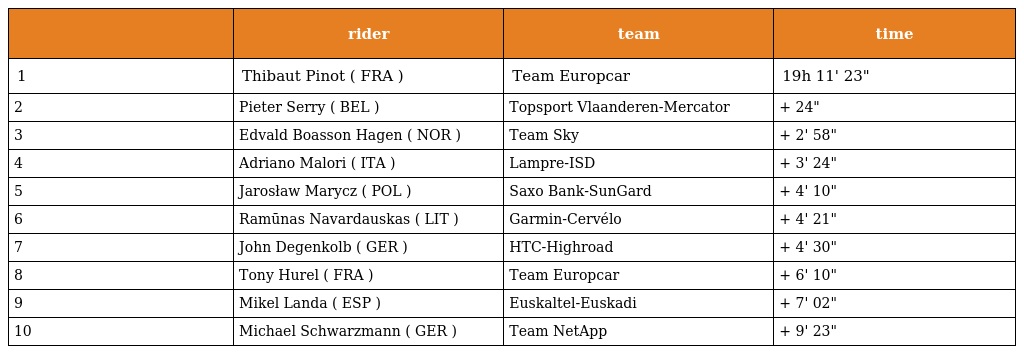
|  | rider | team | time |
 | --- | --- | --- | --- |
 | 1 | Thibaut Pinot ( FRA ) | Team Europcar | 19h 11' 23" |
 | 2 | Pieter Serry ( BEL ) | Topsport Vlaanderen-Mercator | + 24" |
 | 3 | Edvald Boasson Hagen ( NOR ) | Team Sky | + 2' 58" |
 | 4 | Adriano Malori ( ITA ) | Lampre-ISD | + 3' 24" |
 | 5 | Jarosław Marycz ( POL ) | Saxo Bank-SunGard | + 4' 10" |
 | 6 | Ramūnas Navardauskas ( LIT ) | Garmin-Cervélo | + 4' 21" |
 | 7 | John Degenkolb ( GER ) | HTC-Highroad | + 4' 30" |
 | 8 | Tony Hurel ( FRA ) | Team Europcar | + 6' 10" |
 | 9 | Mikel Landa ( ESP ) | Euskaltel-Euskadi | + 7' 02" |
 | 10 | Michael Schwarzmann ( GER ) | Team NetApp | + 9' 23" |